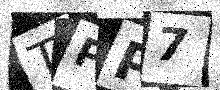
Text: TPP7